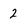
Character: 2